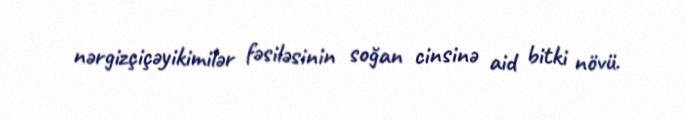
nərgizçiçəyikimilər fəsiləsinin soğan cinsinə aid bitki növü.